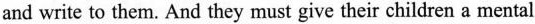
and write to them. And they must give their children a mental